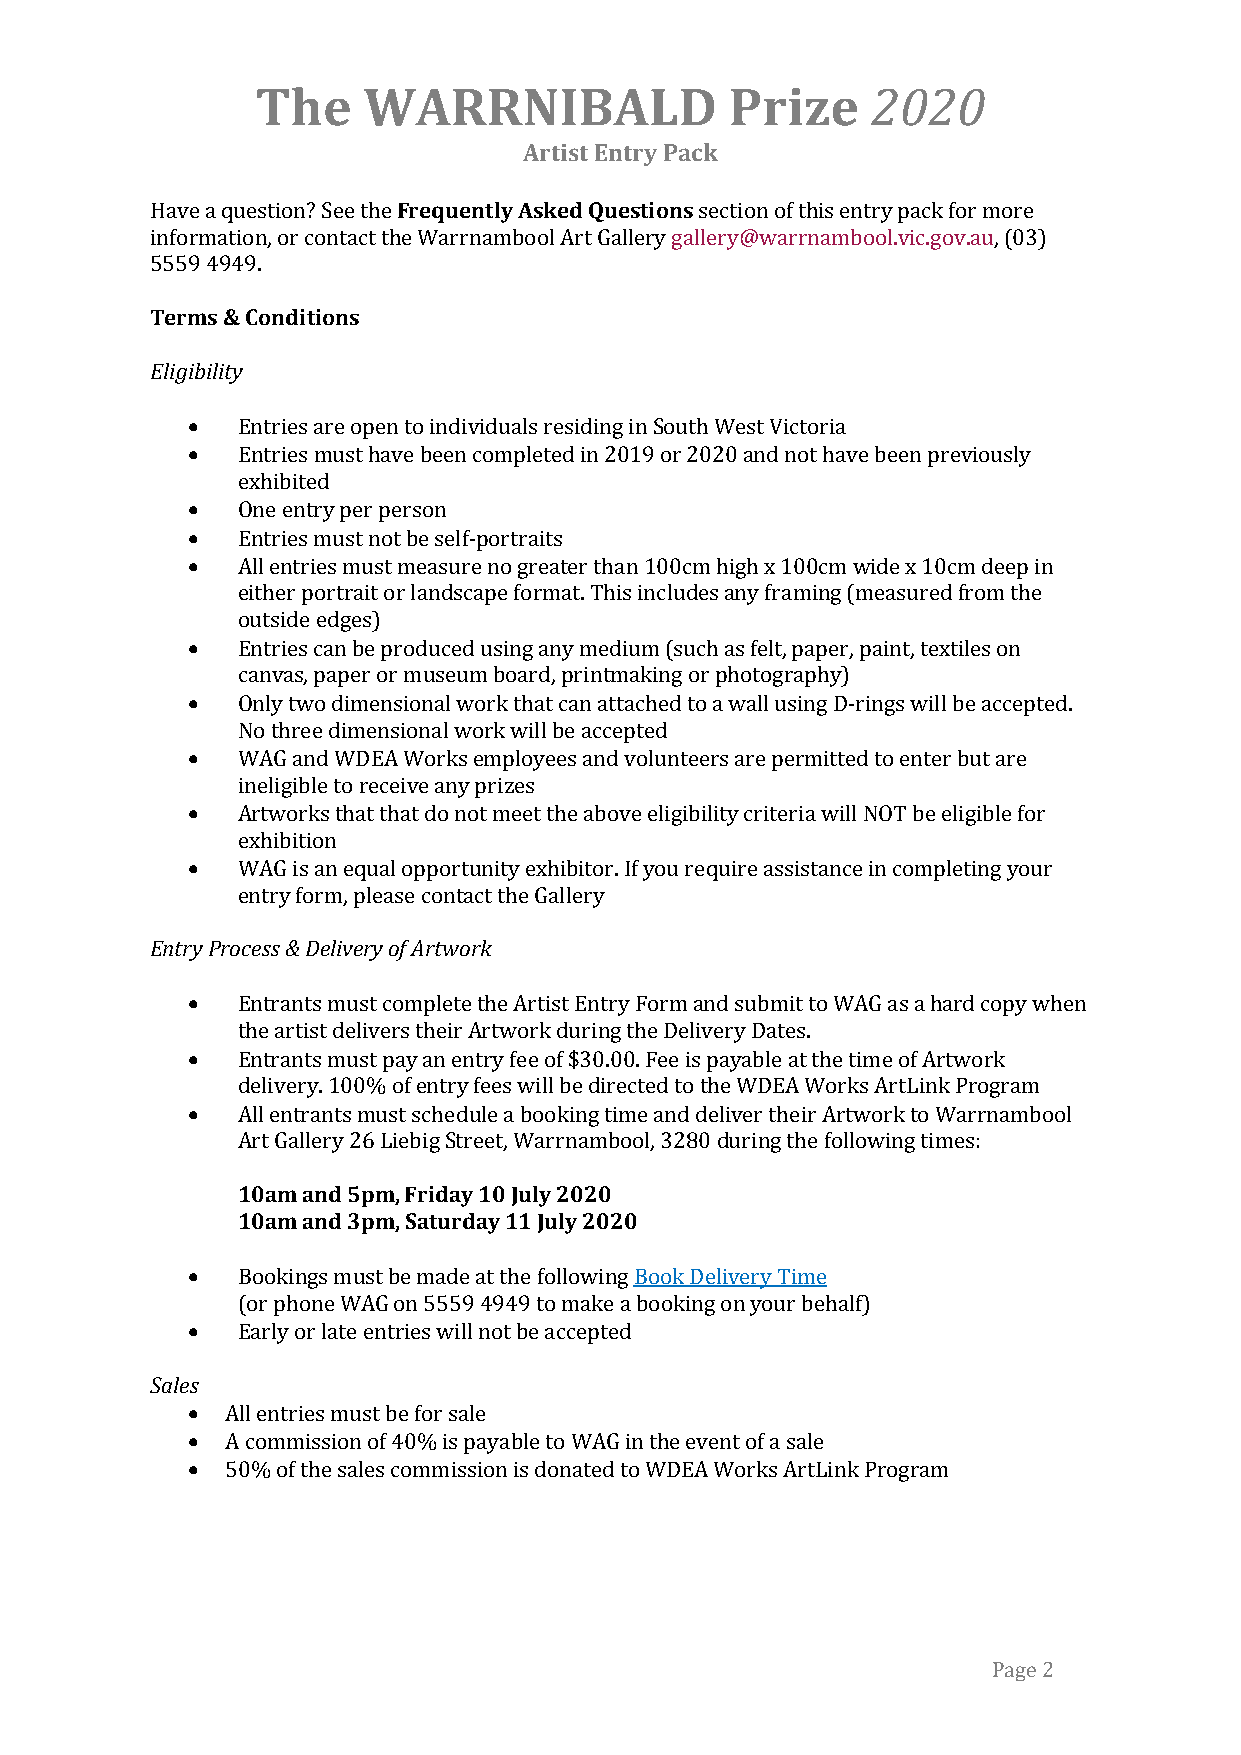
The    WARRNIBALD              Prize     2020
 Artist Entry Pack
 Have a question? See the Frequently Asked Questions section of this entry pack for more
 information, or contact the Warrnambool Art Gallery gallery@warrnambool.vic.gov.au, (03)
 5559 4949.
 Terms & Conditions
 Eligibility
 •   Entries are open to individuals residing in South West Victoria
 •   Entries must have been completed in 2019 or 2020 and not have been previously
 exhibited
 •   One entry per person
 •   Entries must not be self-portraits
 •   All entries must measure no greater than 100cm high x 100cm wide x 10cm deep in
 either portrait or landscape format. This includes any framing (measured from the
 outside edges)
 •   Entries can be produced using any medium (such as felt, paper, paint, textiles on
 canvas, paper or museum board, printmaking or photography)
 •   Only two dimensional work that can attached to a wall using D-rings will be accepted.
 No three dimensional work will be accepted
 •   WAG and WDEA Works employees and volunteers are permitted to enter but are
 ineligible to receive any prizes
 •   Artworks that that do not meet the above eligibility criteria will NOT be eligible for
 exhibition
 •   WAG is an equal opportunity exhibitor. If you require assistance in completing your
 entry form, please contact the Gallery
 Entry Process & Delivery of Artwork
 •   Entrants must complete the Artist Entry Form and submit to WAG as a hard copy when
 the artist delivers their Artwork during the Delivery Dates.
 •   Entrants must pay an entry fee of $30.00. Fee is payable at the time of Artwork
 delivery. 100% of entry fees will be directed to the WDEA Works ArtLink Program
 •   All entrants must schedule a booking time and deliver their Artwork to Warrnambool
 Art Gallery 26 Liebig Street, Warrnambool, 3280 during the following times:
 10am and 5pm, Friday 10 July 2020
 10am and 3pm, Saturday 11 July 2020
 •   Bookings must be made at the following Book Delivery Time
 (or phone WAG on 5559 4949 to make a booking on your behalf)
 •   Early or late entries will not be accepted
 Sales
 •  All entries must be for sale
 •  A commission of 40% is payable to WAG in the event of a sale
 •  50% of the sales commission is donated to WDEA Works ArtLink Program
 Page 2